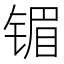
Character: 镅